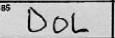
Transcription: DOL